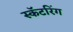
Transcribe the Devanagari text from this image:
स्कॅटरिंग